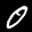
Label: 0